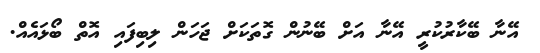
އޭނާ ބޭކާރުކުރީ އޭނާ އަށް ބޭނުން ގޮތަކަށް ޖަހަން ލިބިފައި އޮތް ބޯޅައެއް.